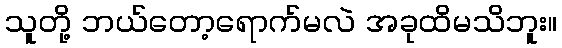
သူတို့ ဘယ်တော့ရောက်မလဲ အခုထိမသိဘူး။